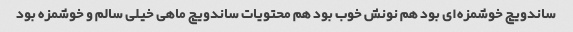
ساندویچ خوشمزه‌ای بود هم نونش خوب بود هم محتویات ساندویچ ماهی خیلی سالم و خوشمزه بود